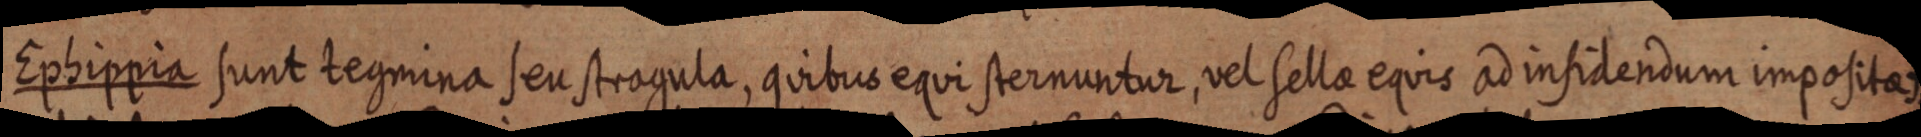
Ephippia sunt tegmina seu stragula, quibus equi sternuntur, vet sella equis ad insidendum impositas